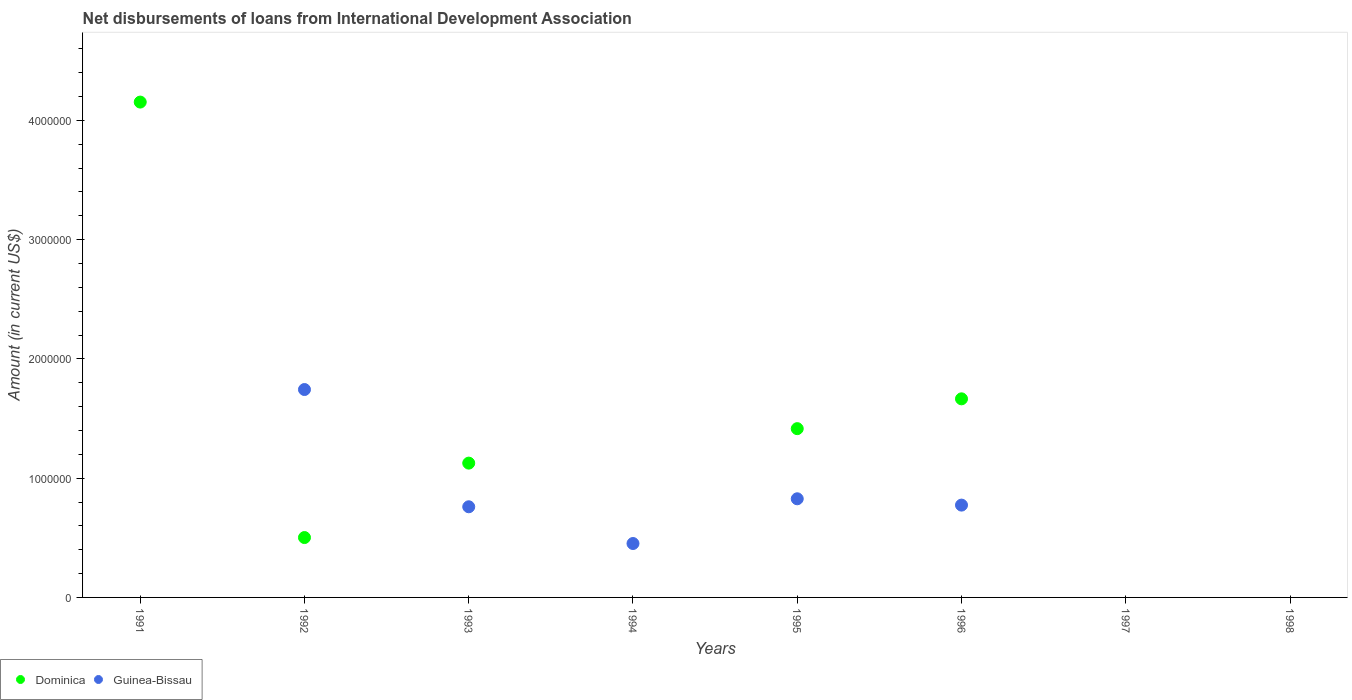
| Years | Dominica | Guinea-Bissau |
 | --- | --- | --- |
 | 1991 | 4.15e+06 | -7.56e+06 |
 | 1992 | 5.02e+05 | 1.74e+06 |
 | 1993 | 1.13e+06 | 7.6e+05 |
 | 1994 | -9.9e+05 | 4.52e+05 |
 | 1995 | 1.42e+06 | 8.27e+05 |
 | 1996 | 1.66e+06 | 7.74e+05 |
 | 1997 | -1.77e+06 | -5.78e+05 |
 | 1998 | -2.05e+06 | -1.53e+05 |